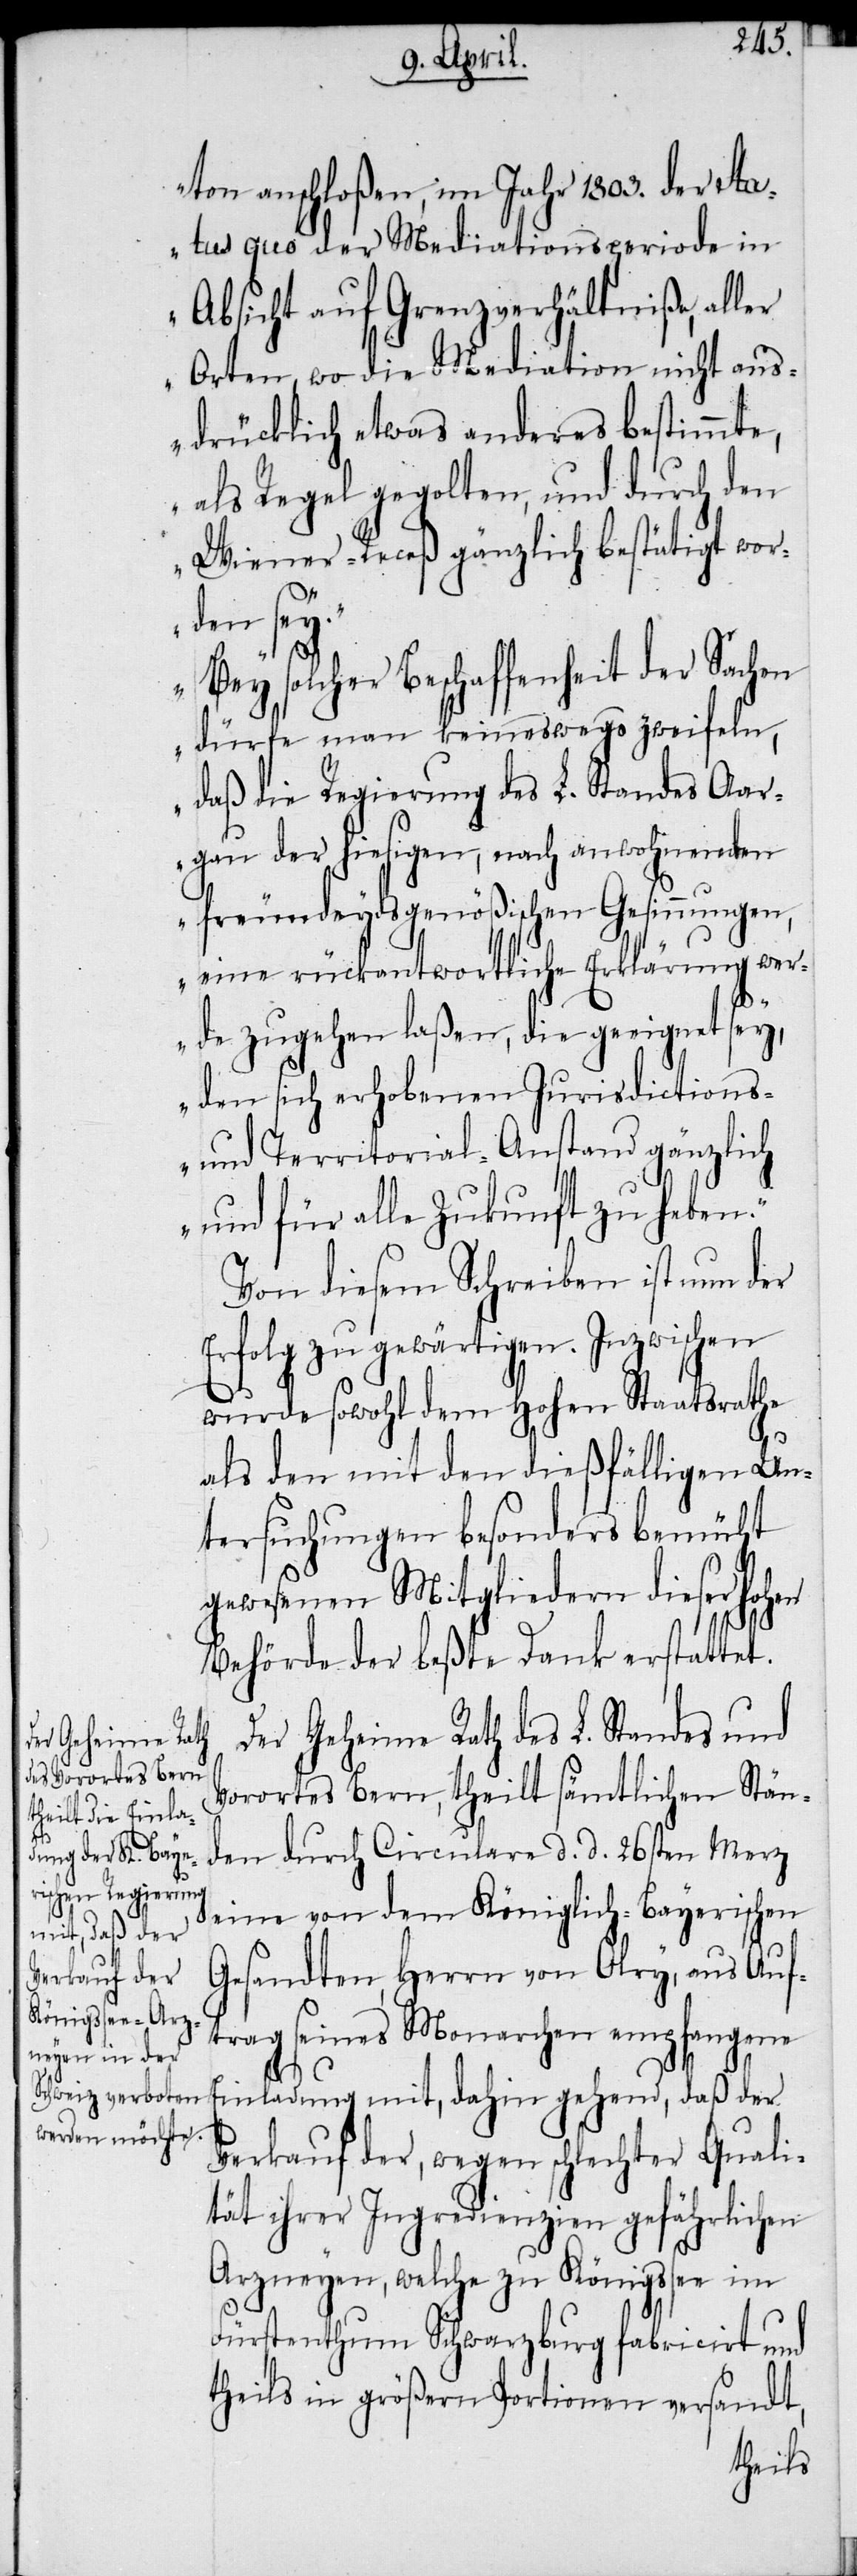
ton anschloßen, im Jahr 1803. der stat¬
us quo der Mediationsperiode in
Absicht auf Grenzverhältniße, aller
Orten, wo die Mediation nicht aus¬
drücklich etwas anderes bestimmte,
als Regel gegolten, und durch den
Wiener-Receß gänzlich bestätigt wor¬
den sey.“
„Bey solcher Beschaffenheit der Sachen
dürfe man keineswegs zweifeln,
daß die Regierung des L. Standes Aar¬
gau der hiesigen, nach anwohnenden
freundeydsgenößischen Gesinnungen,
eine rückantwortliche Erklärung wer¬
de zugehen laßen, die geeignet sey,
den sich erhobenen Jurisdictions-
und Territorial-Anstand gänzlich
und für alle Zukunft zu heben.“
Von diesem Schreiben ist nun der
Erfolg zu gewärtigen. Inzwischen
wurde sowohl dem Hohen Staatsrathe
als den mit den dießfälligen Un¬
tersuchungen besonders bemüht
gewesenen Mitgliedern dieser hohen
Behörde der beßte Dank erstattet.
Der Geheime Rath des L. Standes und
Vorortes Bern, theilt sämtlichen Stän¬
den durch Circulare d. d. 26sten Merz
eine von dem Königlich-Bayerischen
Gesandten, Herrn von Olry, aus Auf¬
trag seines Monarchen empfangene
Einladung mit, dahin gehend, daß der
Verkauf der, wegen schlechter Quali¬
tät ihrer Ingredienzien gefährlichen
Arzneyen, welche zu Königssee im
Fürstenthum Schwarzburg fabricirt und
theils in größern Portionen versandt,